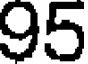
95